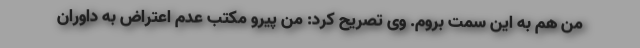
من هم به این سمت بروم. وی تصریح کرد: من پیرو مکتب عدم اعتراض به داوران